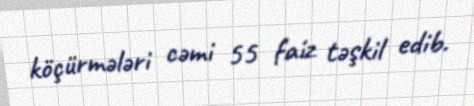
köçürmələri cəmi 55 faiz təşkil edib.